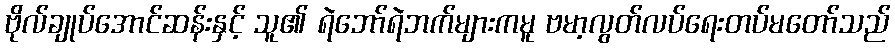
ဗိုလ်ချုပ်အောင်ဆန်းနှင့် သူ၏ ရဲဘော်ရဲဘက်များကမူ ဗမာ့လွတ်လပ်ရေးတပ်မတော်သည်